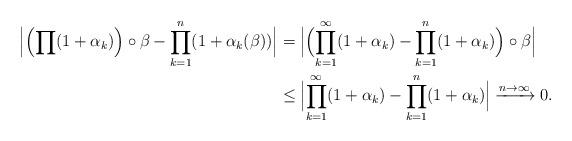
LaTeX: \begin{align*}\Bigl|\Bigl(\prod(1+\alpha_k)\Bigr)\circ\beta-\prod_{k=1}^n(1+\alpha_k(\beta))\Bigr|&=\Bigl|\Bigl(\prod_{k=1}^\infty(1+\alpha_k)-\prod_{k=1}^n(1+\alpha_k)\Bigr)\circ\beta\Bigr|\\&\le\Bigl|\prod_{k=1}^\infty(1+\alpha_k)-\prod_{k=1}^n(1+\alpha_k)\Bigr|\xrightarrow{n\to\infty}0.\end{align*}